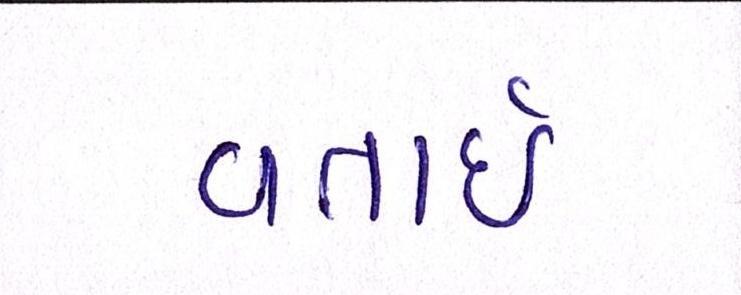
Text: વતાર્ઇ